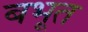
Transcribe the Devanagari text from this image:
बभूत